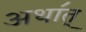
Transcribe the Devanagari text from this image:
अथा॔त्